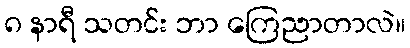
၈ နာရီ သတင်း ဘာ ကြေညာတာလဲ။